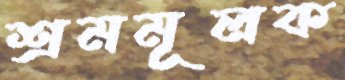
শ্রমমূলক